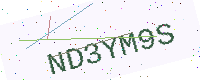
Text: ND3YM9S